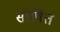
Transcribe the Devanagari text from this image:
सप्रेषित